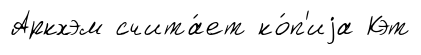
Аркхэм счита́ет ко́п'иjа Кэт